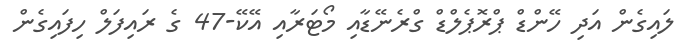
ލައިގެން އަދި ހޭންޑް ޕްރޮޕެލްޑް ގްރެނޭޑާއި މޯޓަރާއި އޭކޭ-47 ގެ ރަައިފަލް ހިފައިގެން